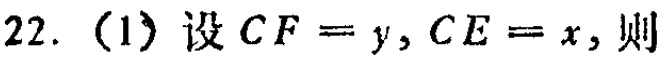
22.（1）设\(CF = y,CE = x\)，则